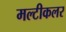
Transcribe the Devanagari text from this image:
मल्टीकलर